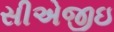
સીએજીઇ